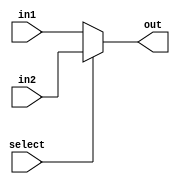
module mux3(in1, in2, select, out);
	input[15:0] in1, in2;
	input select;
	output reg [15:0] out;
	
	always@(*)
	begin
		if(select)
		begin
			out = in2;
		end
		else
		begin
			out = in1;
		end
	end
endmodule